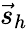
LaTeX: {\vec{s}}_{h}